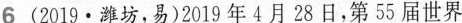
6(2019·潍坊，易)2019年4月28日，第55届世界